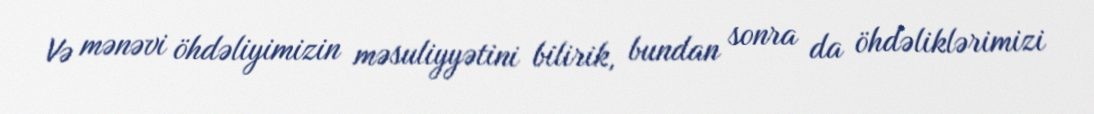
Və mənəvi öhdəliyimizin məsuliyyətini bilirik, bundan sonra da öhdəliklərimizi